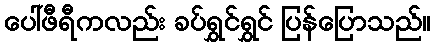
ပေါ်ဖီရီကလည်း ခပ်ရွှင်ရွှင် ပြန်ပြောသည်။